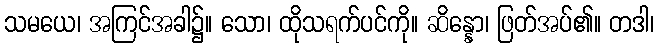
သမယေ၊ အကြင်အခါ၌။ သော၊ ထိုသရက်ပင်ကို။ ဆိန္နော၊ ဖြတ်အပ်၏။ တဒါ၊